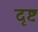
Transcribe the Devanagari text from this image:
दृष्टः